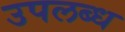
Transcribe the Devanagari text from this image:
उपलब्ध